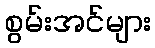
စွမ်းအင်များ